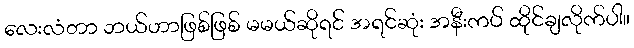
လေးလံတာ ဘယ်ဟာဖြစ်ဖြစ် မမယ်ဆိုရင် အရင်ဆုံး အနီးကပ် ထိုင်ချလိုက်ပါ။